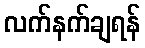
လက်နက်ချရန်